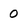
Character: 0